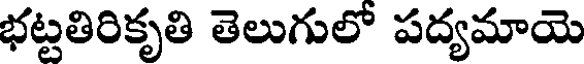
భట్టతిరికృతి తెలుగులో పద్యమాయె